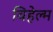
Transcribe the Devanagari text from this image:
विहेल्म